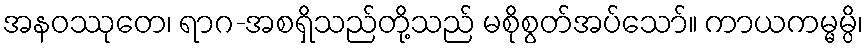
အနဝဿုတေ၊ ရာဂ-အစရှိသည်တို့သည် မစိုစွတ်အပ်သော်။ ကာယကမ္မမ္ပိ၊